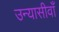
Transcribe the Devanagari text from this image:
उन्यासीवाँ